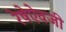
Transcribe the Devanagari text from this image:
रेषेऐवजी